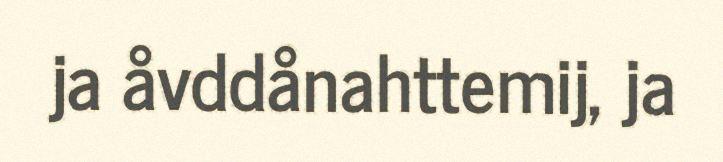
ja åvddånahttemij, ja